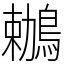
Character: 鶒